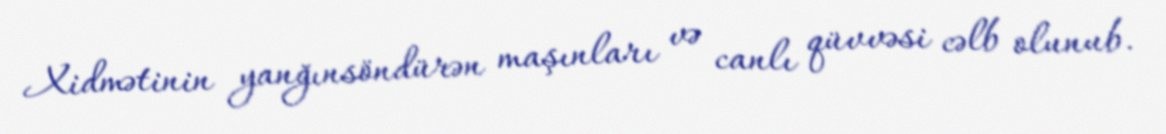
Xidmətinin yanğınsöndürən maşınları və canlı qüvvəsi cəlb olunub.